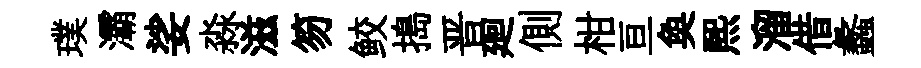
璞灞娑淼滋笏鲛搗晋廻側柑亘奐煕溜借蠡